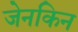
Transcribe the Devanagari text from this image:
जेनकिन